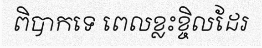
ពិបាកទេ ពេលខ្លះខ្ចិលដែរ